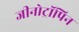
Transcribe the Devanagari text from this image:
जीनोट्रॉपिन